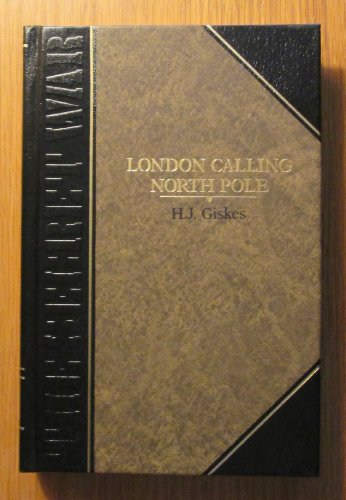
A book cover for London calling North Pole (Classics of World War II. The Secret war); H. J Giskes; History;